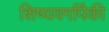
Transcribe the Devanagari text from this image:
शिष्यवर्गापैकी